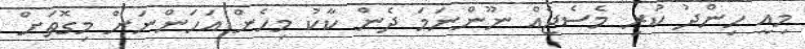
މިއީ ހިންދު ކުރި މެސެޖެއް ނޫންނަމަ ދެން ކާކު މިހެން އަހަންނަށް މިގޮތަށް